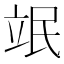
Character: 䇇